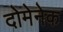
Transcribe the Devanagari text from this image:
दोमेनेक